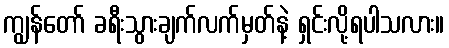
ကျွန်တော် ခရီးသွားချက်လက်မှတ်နဲ့ ရှင်းလို့ရပါသလား။